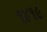
૧૪૧૯